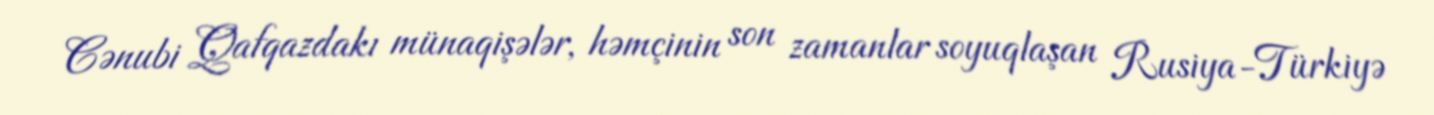
Cənubi Qafqazdakı münaqişələr, həmçinin son zamanlar soyuqlaşan Rusiya-Türkiyə